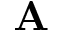
\mathbf { A }